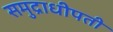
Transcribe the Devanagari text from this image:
समुद्राधीपती